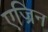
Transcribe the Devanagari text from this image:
एज्रिन